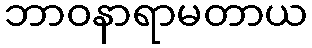
ဘာဝနာရာမတာယ